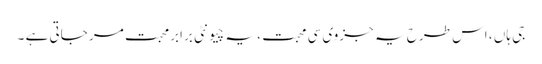
جی ہاں ، اس طرح یہ جزوی سی محبت ، یہ چیونٹی برابرمحبت مر جاتی ہے ۔